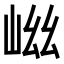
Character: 𭖞